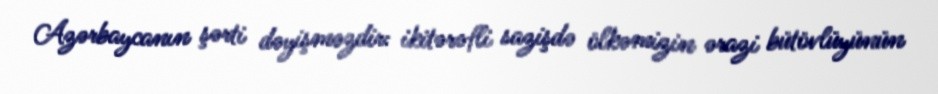
Azərbaycanın şərti dəyişməzdir: ikitərəfli sazişdə ölkəmizin ərazi bütövlüyünün